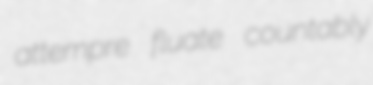
attempre fluate countably